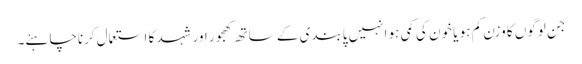
جن لوگوں کا وزن کم ہو یا خون کی کمی ہو انہیں پابندی کے ساتھ کھجور اور شہد کا استعمال کرناچاہئے۔